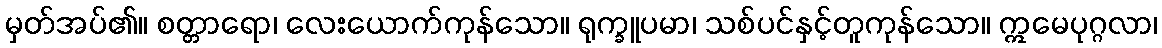
မှတ်အပ်၏။ စတ္တာရော၊ လေးယောက်ကုန်သော။ ရုက္ခူပမာ၊ သစ်ပင်နှင့်တူကုန်သော။ ဣမေပုဂ္ဂလာ၊